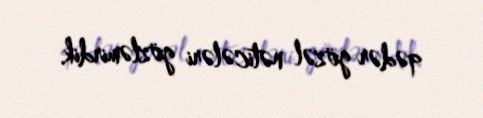
qədər gözəl nəticələri gözləmirdik.